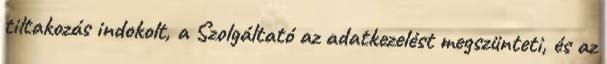
tiltakozás indokolt, a Szolgáltató az adatkezelést megszünteti, és az